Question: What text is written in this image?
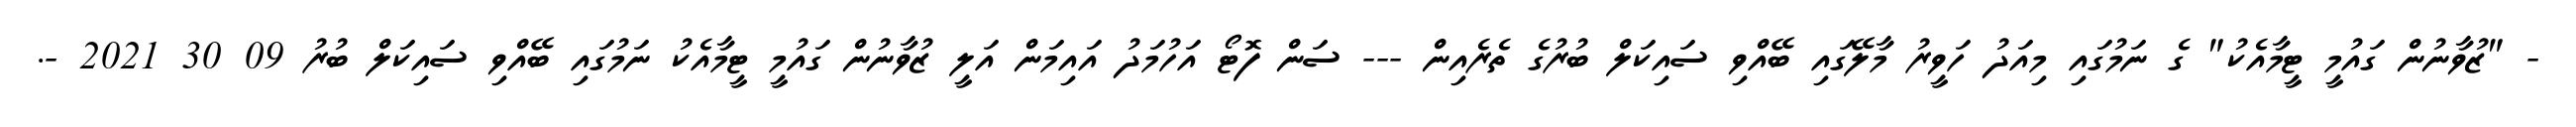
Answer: - "ޒުވާނުން ގައުމީ ޓީމާއެކު" ގެ ނަމުގައި މިއަދު ހަވީރު މާލޭގައި ބޭއްވި ސައިކަލް ބުރުގެ ތެރެއިން --- ސަން ފޮޓޯ އަހުމަދު އައިމަން އަލީ ޒުވާނުން ގައުމީ ޓީމާއެކު ނަމުގައި ބޭއްވި ސައިކަލް ބުރު 09 30 2021 -.